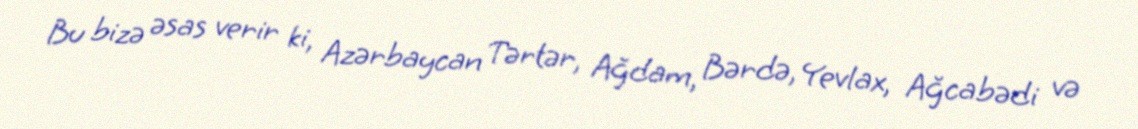
Bu bizə əsas verir ki, Azərbaycan Tərtər, Ağdam, Bərdə, Yevlax, Ağcabədi və